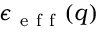
\epsilon _ { \mathrm { ~ e ~ f ~ f ~ } } ( q )